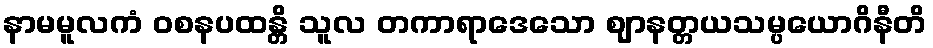
နာမမူလကံ ဝစနပထန္တိ သူလ တကာရာဒေသော ဈာနတ္တယသမ္ပယောဂိနီတိ